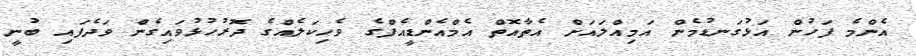
އެންމެ ފަހުން އަޅުގަނޑުމެން އަމިއްލައަށް އެތާއޮތް އެމްއެންޑީއެފްގެ ވެހިކަލެއްގެ ދޮރުހުޅުވައިގެން ވަދެފައި ބުނީ